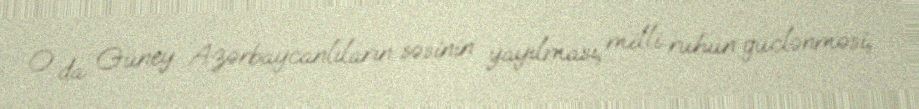
O da Güney Azərbaycanlıların səsinin yayılması, milli ruhun güclənməsi,